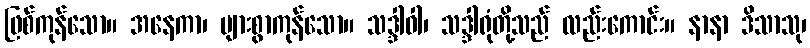
ဖြစ်ကုန်သော။ အနေကာ၊ များစွာကုန်သော။ သဒ္ဒါဝါ၊ သဒ္ဒါရုံတို့သည် လည်းကောင်း။ နာနာ ဒိသာသု၊